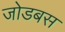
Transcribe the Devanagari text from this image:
जोडबस